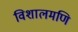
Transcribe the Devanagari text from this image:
विशालमणि